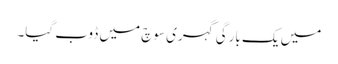
میں یک بارگی گہری سوچ میں ڈوب گیا۔